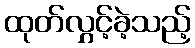
ထုတ်လွှင့်ခဲ့သည့်